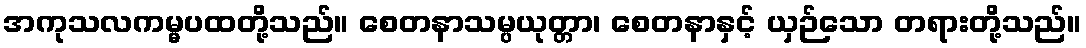
အကုသလကမ္မပထတို့သည်။ စေတနာသမ္ပယုတ္တာ၊ စေတနာနှင့် ယှဉ်သော တရားတို့သည်။